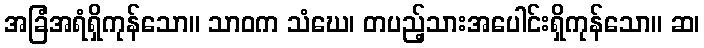
အခြံအရံရှိကုန်သော။ သာဝက သံဃေ၊ တပည့်သားအပေါင်းရှိကုန်သော။ ဆ၊